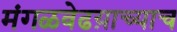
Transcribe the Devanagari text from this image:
मंगळवेढय़ाच्याच